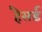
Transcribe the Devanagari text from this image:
हैसर्ड